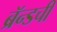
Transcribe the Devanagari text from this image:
ब्रॅन्डची